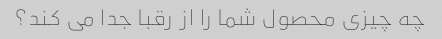
چه چیزی محصول شما را از رقبا جدا می کند؟